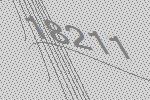
18211